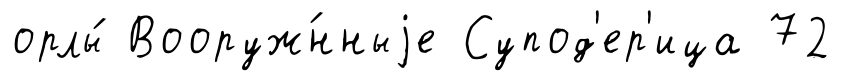
орлы́ Вооруж́нныjе Супод'ер'ица 72